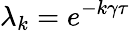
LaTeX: \lambda_{k}=e^{-k\gamma\tau}